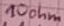
Text: 10ohm